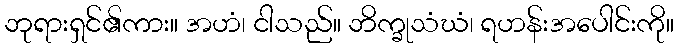
ဘုရားရှင်၏ကား။ အဟံ၊ ငါသည်။ ဘိက္ခုသံဃံ၊ ရဟန်းအပေါင်းကို။